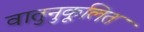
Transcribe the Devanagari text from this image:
वातुनुकूलित